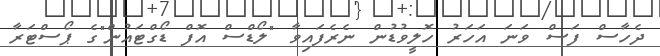
ދެހާސް ފަސް ވަނަ އަހަރު ހޮލީވުޑުން ނެރެފައިވާ "ލޯޑްސް އޮފް ޑޯގްޓައުން"ގެ ޕޯސްޓަރާ